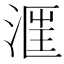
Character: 𣶕